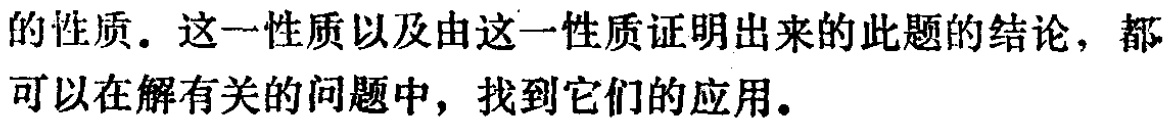
的性质. 这一性质以及由这一性质证明出来的此题的结论，都可以在解有关的问题中，找到它们的应用.